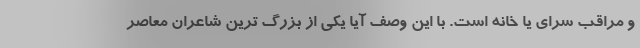
و مراقب سرای یا خانه است. با این وصف آیا یکی از بزرگ ترین شاعران معاصر